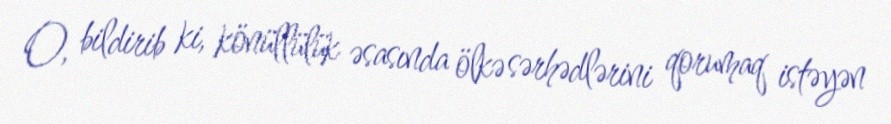
O, bildirib ki, könüllülük əsasında ölkə sərhədlərini qorumaq istəyən